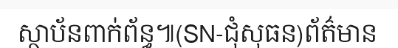
ស្ថាប័នពាក់ព័ន្ធ៕(SN-ជុំសុធន)ព័ត៌មាន